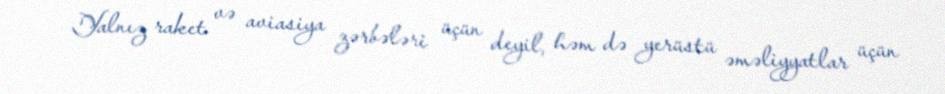
Yalnız raket və aviasiya zərbələri üçün deyil, həm də yerüstü əməliyyatlar üçün